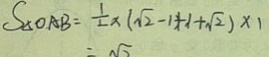
S _ { \Delta O A B } = \frac { 1 } { 2 } + ( \sqrt { 2 } - 1 \times 1 + \sqrt { 2 } ) \times 1